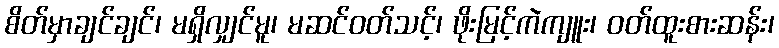
စိတ်မှာချင်ချင်၊ မရှိလျှင်မူ၊ မဆင်ဝတ်သင့်၊ ဖိုးမြင့်ကဲကျူး၊ ဝတ်ထူးစားဆန်း၊